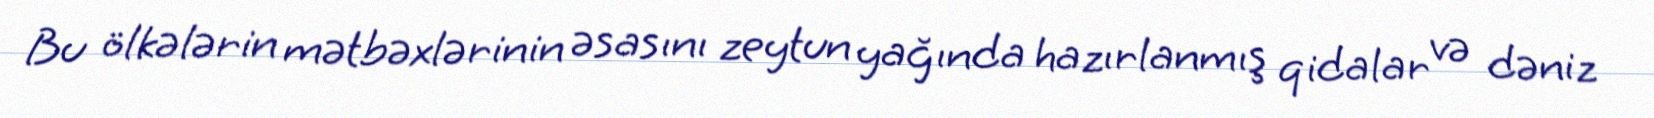
Bu ölkələrin mətbəxlərinin əsasını zeytun yağında hazırlanmış qidalar və dəniz